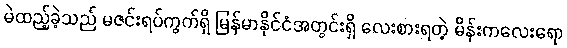
မဲထည့်ခဲ့သည် မဇင်းရပ်ကွက်ရှိ မြန်မာနိုင်ငံအတွင်းရှိ လေးစားရတဲ့ မိန်းကလေးရော